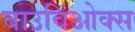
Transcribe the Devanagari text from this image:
बाउविओक्स